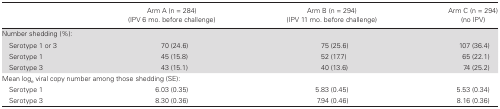
<table><thead><tr><td></td><td><b>Arm A (n = 284)(IPV 6 mo. before challenge)</b></td><td><b>Arm B (n = 294)(IPV 11 mo. before challenge)</b></td><td><b>Arm C (n = 294)(no IPV)</b></td></tr></thead><tbody><tr><td colspan="4">Number shedding (%):</td></tr><tr><td> Serotype 1 or 3</td><td>70 (24.6)</td><td>75 (25.6)</td><td>107 (36.4)</td></tr><tr><td> Serotype 1</td><td>45 (15.8)</td><td>52 (17.7)</td><td>65 (22.1)</td></tr><tr><td> Serotype 3</td><td>43 (15.1)</td><td>40 (13.6)</td><td>74 (25.2)</td></tr><tr><td colspan="4">Mean log<sub>e</sub> viral copy number among those shedding (SE):</td></tr><tr><td> Serotype 1</td><td>6.03 (0.35)</td><td>5.83 (0.45)</td><td>5.53 (0.34)</td></tr><tr><td> Serotype 3</td><td>8.30 (0.36)</td><td>7.94 (0.46)</td><td>8.16 (0.36)</td></tr></tbody></table>